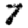
Digit: 7